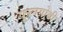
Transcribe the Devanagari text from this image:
फूलगोबी